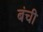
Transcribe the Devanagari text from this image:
बंची